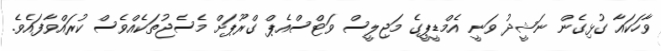
ވާހަކައާ ގުޅިގެން ނަޝީދު ވަނީ އެމްޑީޕީގެ މަޖިލީސް ވަޓްސްއެޕް ގްރޫޕަށް މެސެޖުތަކެއްވެސް ކުރައްވާފައެވެ.